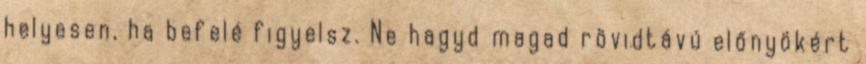
helyesen, ha befelé figyelsz. Ne hagyd magad rövidtávú előnyökért